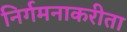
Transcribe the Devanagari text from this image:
निर्गमनाकरीता